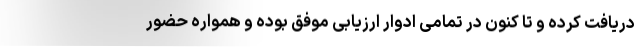
دریافت کرده و تا کنون در تمامی ادوار ارزیابی موفق بوده و همواره حضور